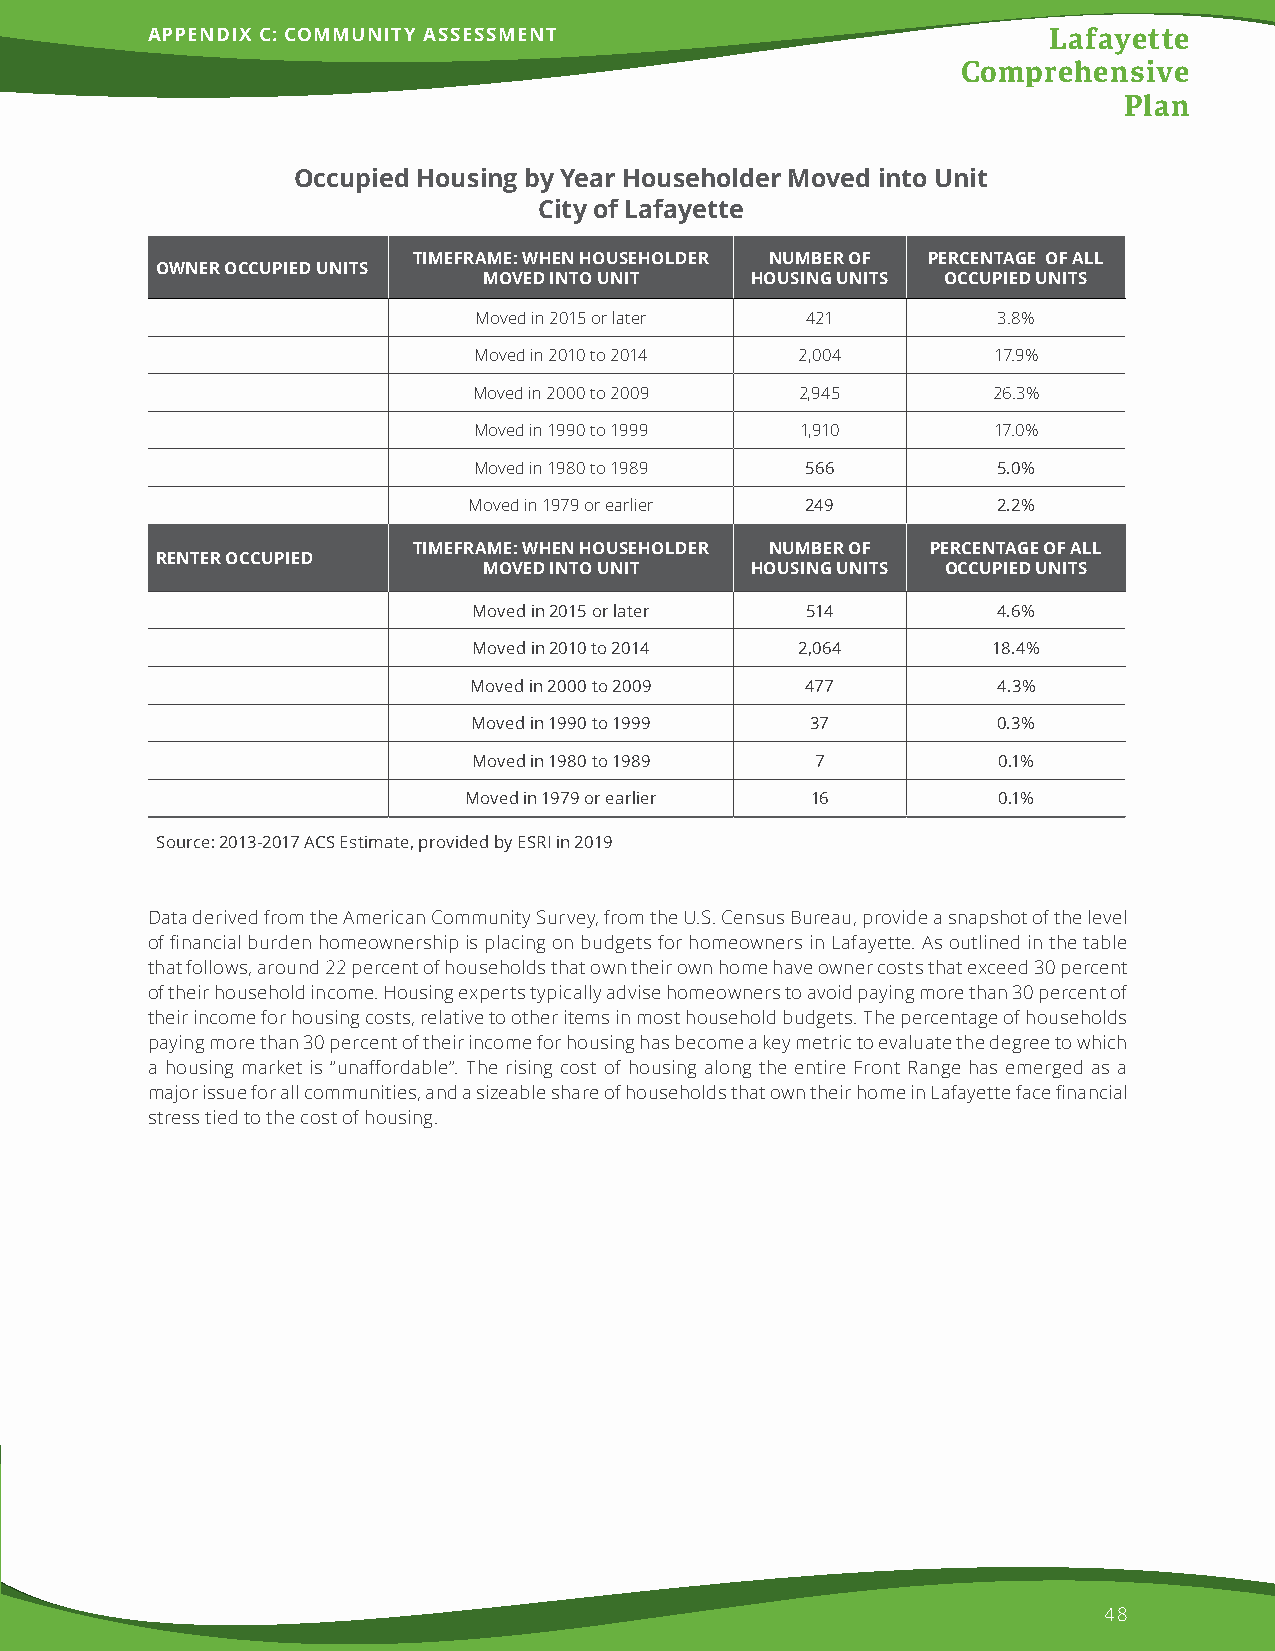
APPENDIX C: COMMUNITY ASSESSMENT                           Lafayette
 Comprehensive
 Plan
 Occupied Housing by Year Householder Moved into Unit
 City of Lafayette
 TIMEFRAME: WHEN HOUSEHOLDER NUMBER OF PERCENTAGE OF ALL
 OWNER OCCUPIED UNITS
 MOVED INTO UNIT   HOUSING UNITS OCCUPIED UNITS
 Moved in 2015 or later 421         3.8%
 Moved in 2010 to 2014 2,004        17.9%
 Moved in 2000 to 2009 2,945        26.3%
 Moved in 1990 to 1999 1,910        17.0%
 Moved in 1980 to 1989 566          5.0%
 Moved in 1979 or earlier 249       2.2%
 TIMEFRAME: WHEN HOUSEHOLDER NUMBER OF PERCENTAGE OF ALL
 RENTER OCCUPIED
 MOVED INTO UNIT   HOUSING UNITS OCCUPIED UNITS
 Moved in 2015 or later 514         4.6%
 Moved in 2010 to 2014 2,064        18.4%
 Moved in 2000 to 2009 477          4.3%
 Moved in 1990 to 1999  37          0.3%
 Moved in 1980 to 1989  7           0.1%
 Moved in 1979 or earlier 16        0.1%
 Source: 2013-2017 ACS Estimate, provided by ESRI in 2019
 Data derived from the American Community Survey, from the U.S. Census Bureau, provide a snapshot of the level
 of financial burden homeownership is placing on budgets for homeowners in Lafayette. As outlined in the table
 that follows, around 22 percent of households that own their own home have owner costs that exceed 30 percent
 of their household income. Housing experts typically advise homeowners to avoid paying more than 30 percent of
 their income for housing costs, relative to other items in most household budgets. The percentage of households
 paying more than 30 percent of their income for housing has become a key metric to evaluate the degree to which
 a housing market is “unaffordable”. The rising cost of housing along the entire Front Range has emerged as a
 major issue for all communities, and a sizeable share of households that own their home in Lafayette face financial
 stress tied to the cost of housing.
 48